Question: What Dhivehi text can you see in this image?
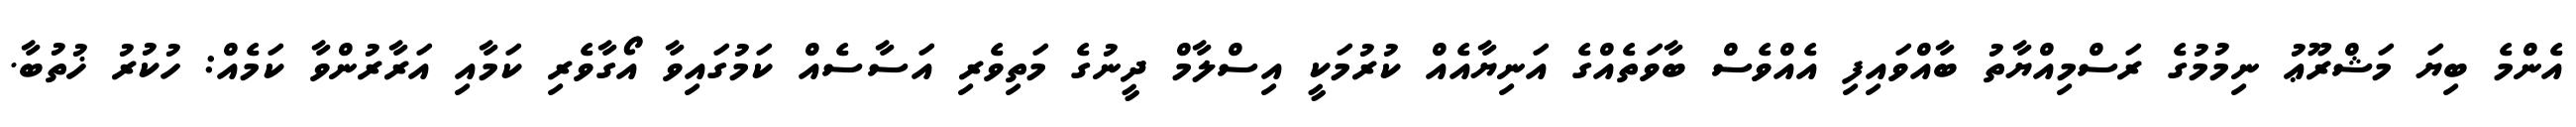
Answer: އެންމެ ބިޔަ މަޝްރޫޢު ނިމުމުގެ ރަސްމިއްޔާތު ބާއްވައިފި އެއްވެސް ބާވަތެއްގެ އަނިޔާއެއް ކުރުމަކީ އިސްލާމް ދީނުގެ މަތިވެރި އަސާސެއް ކަމުގައިވާ އޯގާވެރި ކަމާއި އަރާރުންވާ ކަމެއް: ހުކުރު ޚުތުބާ.